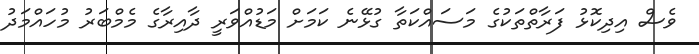
ވެސް އިދިކޮޅު ފަރާތްތަކުގެ މަސައްކަތާ ގުޅޭނެ ކަމަށް މަޑުއްވަރީ ދާއިރާގެ މެމްބަރު މުހައްމަދު